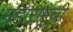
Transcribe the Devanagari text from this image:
महाराष्ट्रची